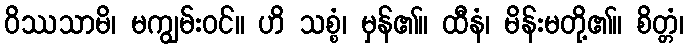
ဝိဿသာမိ၊ မကျွမ်းဝင်။ ဟိ သစ္စံ၊ မှန်၏။ ထီနံ၊ မိန်းမတို့၏။ စိတ္တံ၊